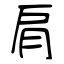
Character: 肩